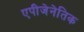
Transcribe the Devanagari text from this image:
एपीजेनेतिक